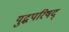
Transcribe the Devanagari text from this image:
युद्धपरिषद्